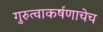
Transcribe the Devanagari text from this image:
गुरुत्वाकर्षणाचेच